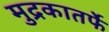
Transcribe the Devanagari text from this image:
मुद्रकातर्फे